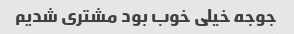
جوجه خیلی خوب بود مشتری شدیم